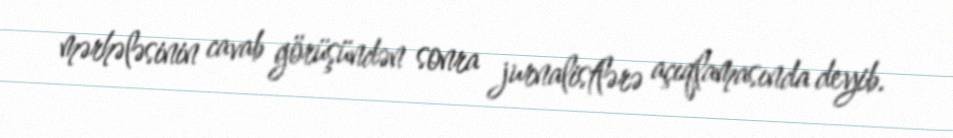
mərhələsinin cavab görüşündən sonra jurnalistlərə açıqlamasında deyib.